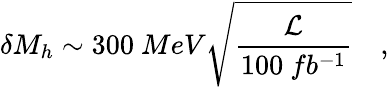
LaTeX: \delta M_{h}\sim 300~MeV\sqrt{{\frac{\cal L}{100~fb^{-1}}}}\quad,